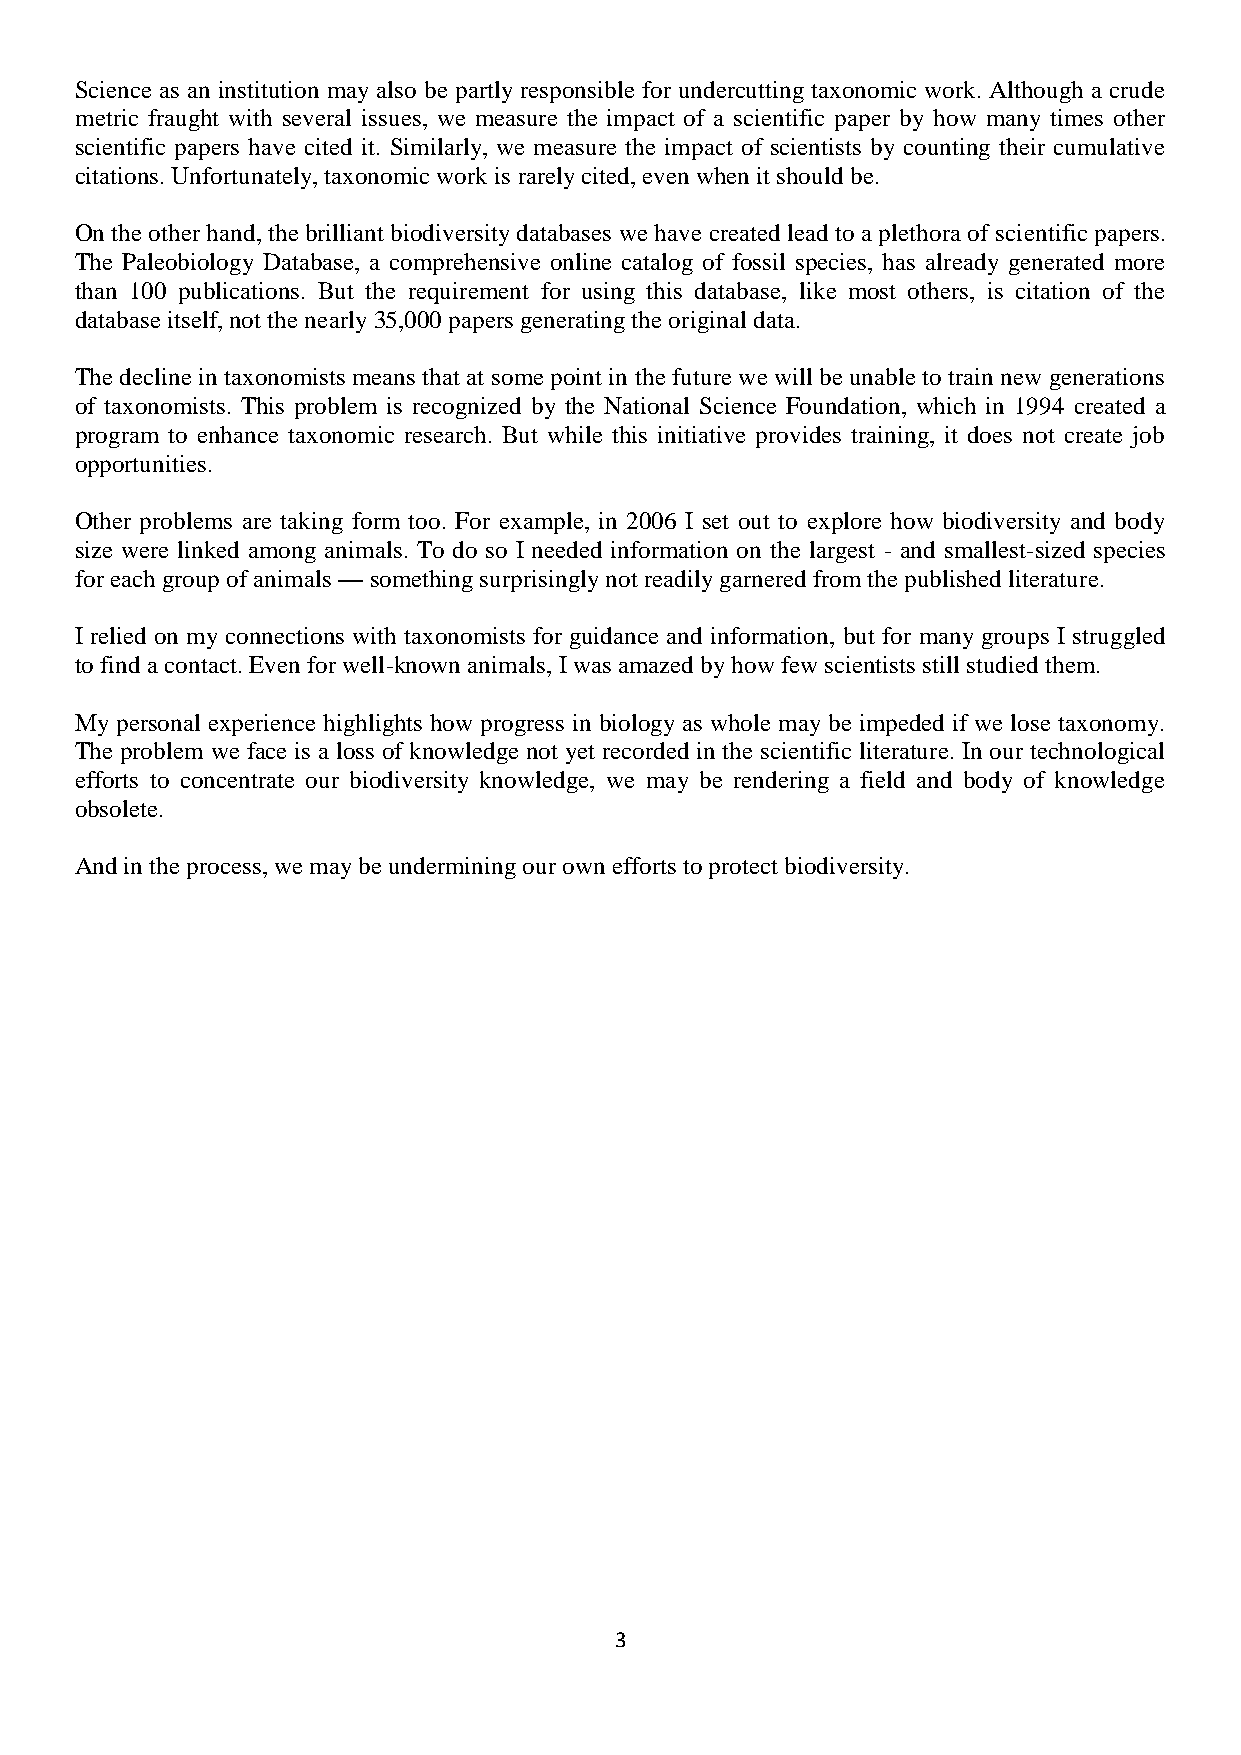
Science as an institution may also be partly responsible for undercutting taxonomic work. Although a crude
 metric fraught with several issues, we measure the impact of a scientific paper by how many times other
 scientific papers have cited it. Similarly, we measure the impact of scientists by counting their cumulative
 citations. Unfortunately, taxonomic work is rarely cited, even when it should be.
 On the other hand, the brilliant biodiversity databases we have created lead to a plethora of scientific papers.
 The Paleobiology Database, a comprehensive online catalog of fossil species, has already generated more
 than 100 publications. But the requirement for using this database, like most others, is citation of the
 database itself, not the nearly 35,000 papers generating the original data.
 The decline in taxonomists means that at some point in the future we will be unable to train new generations
 of taxonomists. This problem is recognized by the National Science Foundation, which in 1994 created a
 program to enhance taxonomic research. But while this initiative provides training, it does not create job
 opportunities.
 Other problems are taking form too. For example, in 2006 I set out to explore how biodiversity and body
 size were linked among animals. To do so I needed information on the largest - and smallest-sized species
 for each group of animals — something surprisingly not readily garnered from the published literature.
 I relied on my connections with taxonomists for guidance and information, but for many groups I struggled
 to find a contact. Even for well-known animals, I was amazed by how few scientists still studied them.
 My personal experience highlights how progress in biology as whole may be impeded if we lose taxonomy.
 The problem we face is a loss of knowledge not yet recorded in the scientific literature. In our technological
 efforts to concentrate our biodiversity knowledge, we may be rendering a field and body of knowledge
 obsolete.
 And in the process, we may be undermining our own efforts to protect biodiversity.
 3